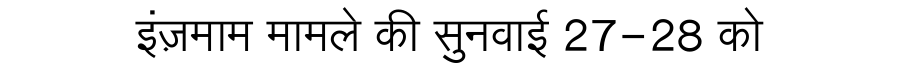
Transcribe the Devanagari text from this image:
इंज़माम मामले की सुनवाई 27-28 को